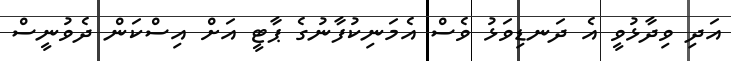
އަދި ވިދާޅުވީ އެ ދަނޑިވަޅު ވެސް އެމަނިކުފާނުގެ ޕާޓީ އަށް އިސްކަން ދެވުނީސް